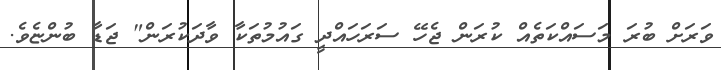
ވަރަށް ބުރަ މަސައްކަތެއް ކުރަން ޖެހޭ ސަރަހައްދީ ގައުމުތަކާ ވާދަކުރަން" ޖަޑާ ބުންޏެވެ.